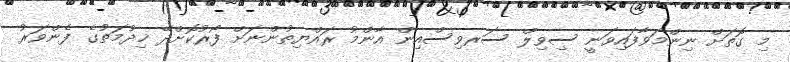
މި ގޮތަށް ނިންމަވާފައިވަނީ ސިވިލް ސަރވިސްއިން އާންމު ރައްޔިތުންނަށް ފޯރުކޮށްދޭ ޚިދުމަތުގެ ފެންވަރު